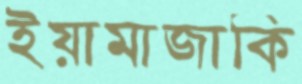
ইয়ামাজাকি